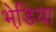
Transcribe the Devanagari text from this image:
भेडि़या